system: You are a helpful assistant.
user:
Analyze the provided spectrum to determine if it is a **M-type Giant (gM)**.

A M-type Giant spectrum is defined by its **strong molecular absorption** features, particularly from **Titanium Oxide (TiO)**. You must check for one of the following mutually exclusive signatures:

- **Key Visual Indicators (Absorption-Dominated Spectrum):**

    - **(Primary):** The spectrum is dominated by strong molecular absorption from **Titanium Oxide (TiO)**. This is the **defining feature** of its M-type temperature class.
        - **(Key Bandheads):** Look for sharp, "saw-tooth" absorption valleys. The strongest are located near **~7050 Å**, **~6160 Å**, and **~5170 Å**.
        - **(Line Profile):** The "saw-tooth" morphology is critical: a **sharp, steep drop on the BLUE (short-wavelength) side** of the bandhead, followed by a gradual recovery (rising flux) towards the RED (long-wavelength) side.

    - **(Key Confirmation - Giant vs. Dwarf):** **ABSENCE** of strong **Calcium Hydride (CaH)** molecular bands. This is the primary diagnostic for *excluding* M-dwarfs.
        - **(Key Region):** The spectrum should lack the strong, broad absorption band seen in dwarfs between **~6800 Å and ~7000 Å**.

    - **(Secondary Confirmation - Giant):** A very strong and broad **Neutral Calcium (Ca I)** atomic absorption line.
        - **(Key Line):** Located at **~4226 Å**. In a giant (gM), this line is significantly deeper and broader than the same line in an M-dwarf (dM) due to low surface gravity.

    - **(Overall Spectrum):**
        - The continuum is **extremely red-sloping** (i.e., flux is very low in the blue and rises dramatically towards the red).
        - The entire spectrum appears "chopped up" by the deep TiO bands.

Think first, call **spectral_visualization_tool** if needed to examine features in detail, then provide your final answer. Your response must adhere to the following strict rules:
1.  **Overall Structure:** Your response must follow the format `<think>...</think> <tool_call>...</tool_call> (if a tool is used) <answer>...</answer>`.
2.  **Tool Usage Constraint:** You may only make **one** tool call per turn.
3.  **Final Answer Format:** In the `<answer>` tag, your conclusion must be inside a `\boxed{}` command (e.g., `\boxed{YES}` or `\boxed{NO}`), followed by your justification.

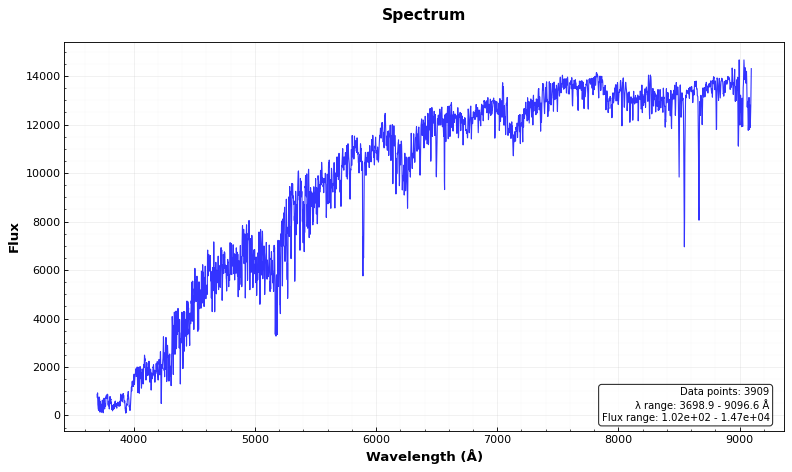
Answer: NO